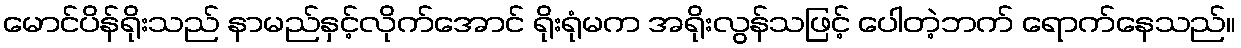
မောင်ပိန်ရိုးသည် နာမည်နှင့်လိုက်အောင် ရိုးရုံမက အရိုးလွန်သဖြင့် ပေါတဲ့ဘက် ရောက်နေသည်။